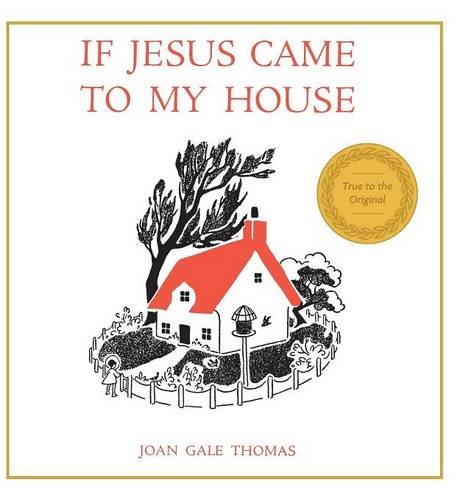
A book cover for If Jesus Came to My House; Joan G. Thomas; Christian Books & Bibles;